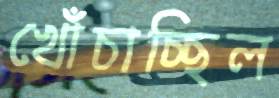
খোঁচাচ্ছিল